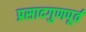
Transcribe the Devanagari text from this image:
प्रसादगुणपूर्व